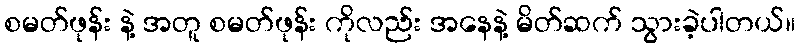
စမတ်ဖုန်း နဲ့ အတူ စမတ်ဖုန်း ကိုလည်း အနေနဲ့ မိတ်ဆက် သွားခဲ့ပါတယ်။